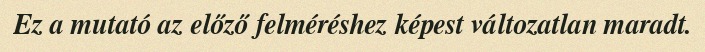
Ez a mutató az előző felméréshez képest változatlan maradt.